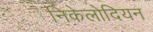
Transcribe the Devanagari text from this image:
निकेलोदियन